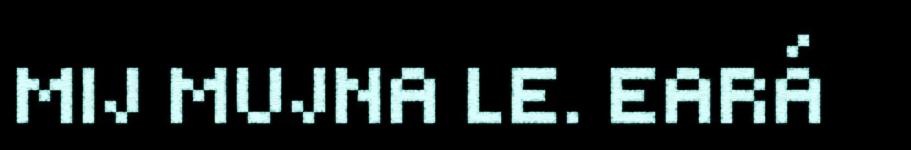
MIJ MUJNA LE. EARÁ